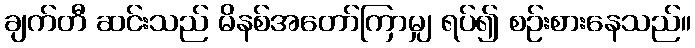
ချက်တီ ဆင်းသည် မိနစ်အတော်ကြာမျှ ရပ်၍ စဉ်းစားနေသည်။